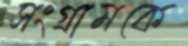
সংগ্রামকে